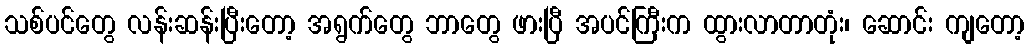
သစ်ပင်တွေ လန်းဆန်းပြီးတော့ အရွက်တွေ ဘာတွေ ဖားပြီ အပင်ကြီးက ထွားလာတာတုံး၊ ဆောင်း ကျတော့